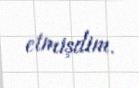
etmişdim.